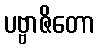
ပဗ္ဗာဇိတော